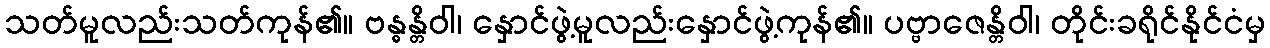
သတ်မူလည်းသတ်ကုန်၏။ ဗန္ဓန္တိဝါ၊ နှောင်ဖွဲ့မူလည်းနှောင်ဖွဲ့ကုန်၏။ ပဗ္ဗာဇေန္တိဝါ၊ တိုင်းခရိုင်နိုင်ငံမှ